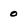
Character: 0